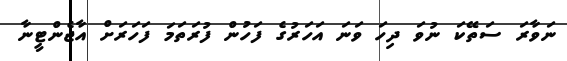
ނަވާރަ ސަތޭކަ ނުވަ ދިހަ ވަނަ އަހަރުގެ ފަހުން ފުރަތަމަ ފަހަރަށް އާޖެންޓީނާ